Indian journal of veterinary science and animal husbandry - Volumes 18-21, 1948-1951
Year: 1948
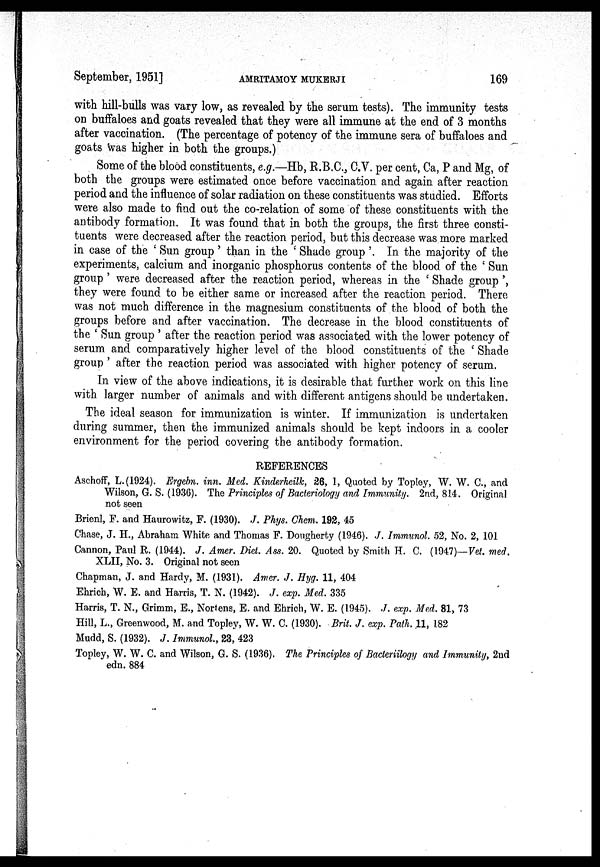
September, 1951]
AMRITAMOY
MUKHERJI
169
with hill-bulls was vary low, as revealed by the serum tests). The immunity tests
on buffaloes and goats revealed that they were all immune at the end of 3 months
after vaccination. (The percentage of potency of the immune sera of buffaloes and
goats was higher in both the groups.)
Some of the blood constituents, e.g.—Hb, R.B.C., C.V. per cent, Ca, P and Mg, of
both the groups were estimated once before vaccination and again after reaction
period and the influence of solar radiation on these constituents was studied. Efforts
were also made to find out the co-relation of some of these constituents with the
antibody formation. It was found that in both the groups, the first three consti-
tuents were decreased after the reaction period, but this decrease was more marked
in case of the 'Sun group' than in the 'Shade group'. In the majority of the
experiments, calcium and inorganic phosphorus contents of the blood of the 'Sun
group'
they were found to be either same or increased after the reaction period. There
was not much difference in the magnesium constituents of the blood of both the
groups before and after vaccination. The decrease in the blood constituents of
the 'Sun group' after the reaction period was associated with the lower potency of
serum and comparatively higher level of the blood constituents of the 'Shade
group' after the reaction period was associated with higher potency of serum.
In view of the above indications, it is desirable that further work on this line
with larger number of animals and with different antigens should be undertaken.
The ideal season for immunization is winter. If immunization is undertaken
during summer, then the immunized animals should be kept indoors in a cooler
environment for the period covering the antibody formation.
REFERENCES
Aschoff, L.(1924). Ergebn. inn. Med. Kinderheilk, 26, 1, Quoted by Topley, W. W. C, and
Wilson, G. S. (1936). The Principles of Bacteriology and Immunity. 2nd, 814. Original
not seen
Brienl, F. and Haurowitz, F. (1930). J. Phys. Chem. 192, 45
Chase, J. H., Abraham White and Thomas F. Dougherty (1946). J. Immunol. 52, No. 2, 101
Cannon, Paul R. (1944). J. Amer. Dict. Ass. 20. Quoted by Smith H. C. (1947) -Vet. med.
XLII, No. 3. Original not seen
Chapman, J. and Hardy, M. (1931). Amer. J. Hyg. 11, 404
Ehrich, W. E. and Harris, T. N. (1942). J. exp. Med. 335
Harris, T. N., Grimm, E., Nortens, E. and Ehrich, W. E. (1945). J. exp. Med. 81, 73
Hill, L., Greenwood, M. and Topley, W. W. C. (1930). Brit. J. exp. Path. 11, 182
Mudd, S. (1932). J. Immunol., 23, 423
Topley, W. W. C. and Wilson, G. S. (1936). The Principles of Bacteriilogy and Immunity, 2nd
edn. 884